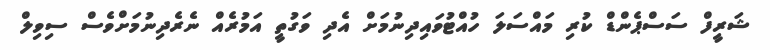
ޝަރީފް ސަސްޕެންޑް ކުރި މައްސަލަ ހުއްޓުވައިދިނުމަށް އެދި ވަގުތީ އަމުރެއް ނެރެދިނުމަށްވެސް ސިވިލް